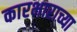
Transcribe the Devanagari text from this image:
कारभाराच्या